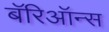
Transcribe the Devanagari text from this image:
बॅरिऑन्स